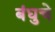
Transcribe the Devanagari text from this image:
बंधुचे